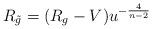
LaTeX: \begin{align*} R_{\tilde g}=(R_g-V)u^{-\frac{4}{n-2}}\end{align*}